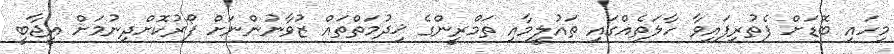
މިހައި ބޮޑަށް ފެތުރިފައިވާ ހާލަތެއްގައި ތައުލީމާއި ތަމްރީންގެ ޚިދުމަތްތައް ޒުވާނުންނަށް ފޯރުކޮށްދިނުމަށް އީޖާބީ